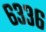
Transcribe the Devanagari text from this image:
६३३६